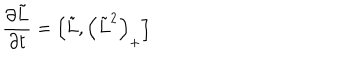
LaTeX: { \frac { \partial \tilde { L } } { \partial t } } = \left[ \tilde { L } , \left( \tilde { L } ^ { 2 } \right) _ { + } \right]